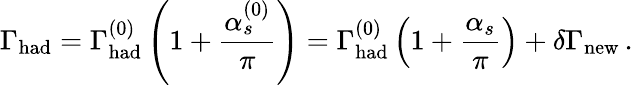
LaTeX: \Gamma_{\mathrm{had}}=\Gamma_{\mathrm{had}}^{(0)}\left(1+{\frac{\alpha_{s}^{(0)}}{\pi}}\right)=\Gamma_{\mathrm{had}}^{(0)}\left(1+{\frac{\alpha_{s}}{\pi}}\right)+\delta\Gamma_{\mathrm{new}}\, .